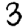
Digit: 3